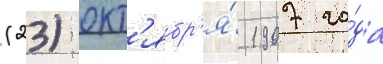
(23) окт'ябр'я́ 1907 го́да